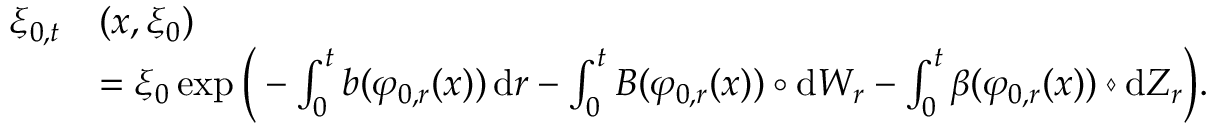
\begin{array} { r l } { \xi _ { 0 , t } } & { ( x , \xi _ { 0 } ) } \\ & { = \xi _ { 0 } \exp \Big ( - \int _ { 0 } ^ { t } b ( \varphi _ { 0 , r } ( x ) ) \, \mathrm { d } r - \int _ { 0 } ^ { t } B ( \varphi _ { 0 , r } ( x ) ) \circ \mathrm { d } W _ { r } - \int _ { 0 } ^ { t } \beta ( \varphi _ { 0 , r } ( x ) ) \diamond \mathrm { d } Z _ { r } \Big ) . } \end{array}